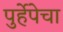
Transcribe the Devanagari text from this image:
पुर्हेपेचा